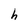
Character: h